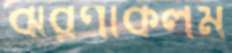
ঝরণাকলম